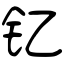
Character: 钇